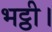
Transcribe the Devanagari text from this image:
भट्ठी।